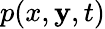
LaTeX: p(x,\mathbf{y},t)